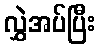
လွှဲအပ်ပြီး